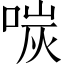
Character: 𪡩